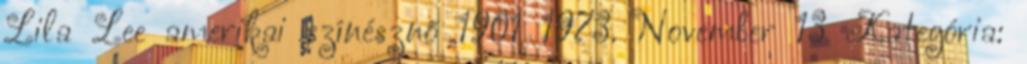
Lila Lee amerikai színésznő 1901 1973. November 13 Kategória: